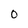
Character: O